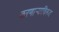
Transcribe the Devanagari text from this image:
करणार्‍याविरुद्ध